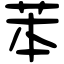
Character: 苯